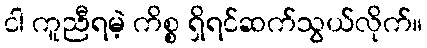
ငါ ကူညီရမဲ့ ကိစ္စ ရှိရင်ဆက်သွယ်လိုက်။